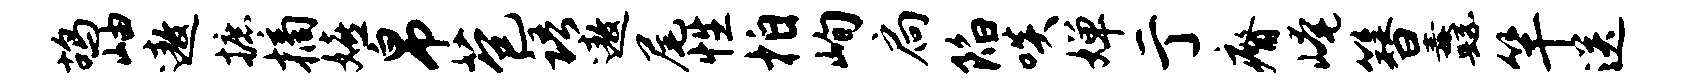
鸪岫遨摭摘嬉帛苞语遨尾性拍峋扃陷啖婵亍瘠崦簪纛竿送